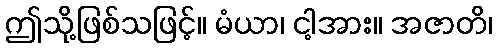
ဤသို့ဖြစ်သဖြင့်။ မံယာ၊ ငါ့အား။ အဇာတိ၊